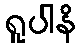
ရူပါနိ